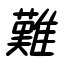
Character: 難